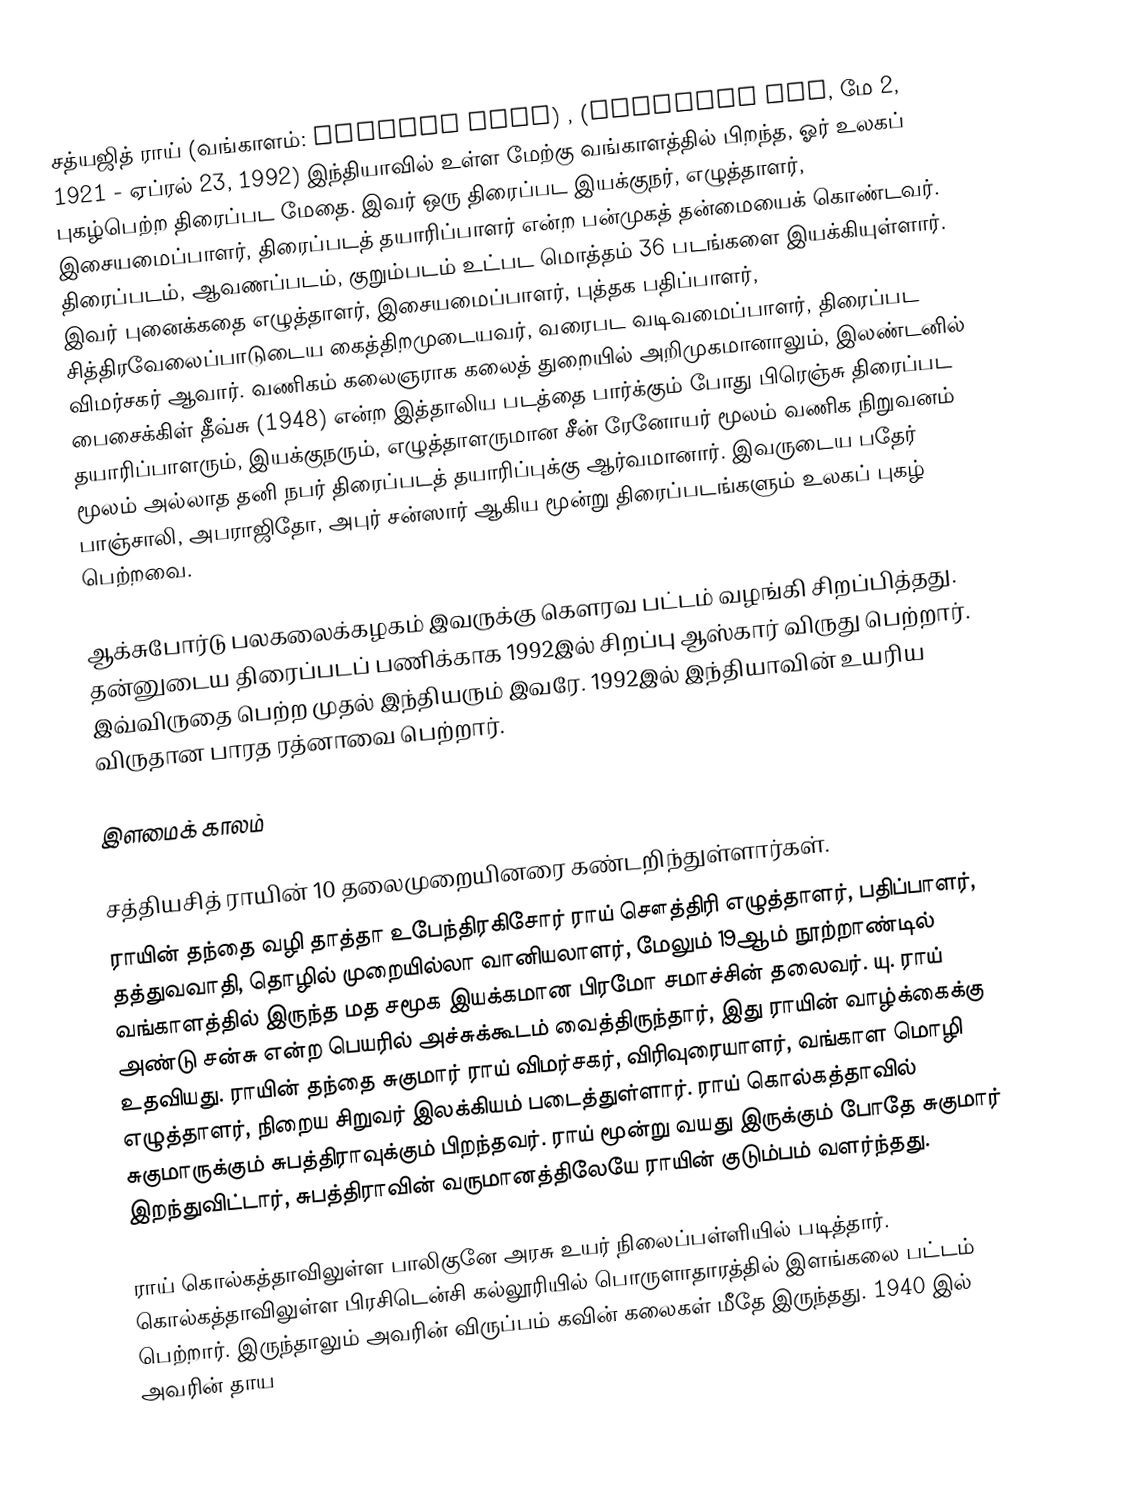
சத்யஜித் ராய்  (வங்காளம்: সত্যজিৎ রায়) , (Satyajit Ray, மே 2, 1921 - ஏப்ரல் 23, 1992) இந்தியாவில் உள்ள மேற்கு வங்காளத்தில் பிறந்த, ஓர் உலகப் புகழ்பெற்ற திரைப்பட மேதை. இவர் ஒரு திரைப்பட இயக்குநர், எழுத்தாளர்,  இசையமைப்பாளர், திரைப்படத் தயாரிப்பாளர் என்ற பன்முகத் தன்மையைக் கொண்டவர். திரைப்படம், ஆவணப்படம், குறும்படம் உட்பட மொத்தம் 36 படங்களை இயக்கியுள்ளார். இவர் புனைக்கதை எழுத்தாளர், இசையமைப்பாளர், புத்தக பதிப்பாளர், சித்திரவேலைப்பாடுடைய கைத்திறமுடையவர்,  வரைபட வடிவமைப்பாளர், திரைப்பட விமர்சகர் ஆவார்.  வணிகம் கலைஞராக கலைத் துறையில் அறிமுகமானாலும், இலண்டனில் பைசைக்கிள் தீவ்சு (1948) என்ற இத்தாலிய படத்தை பார்க்கும் போது பிரெஞ்சு திரைப்பட தயாரிப்பாளரும், இயக்குநரும், எழுத்தாளருமான சீன் ரேனோயர் மூலம் வணிக நிறுவனம் மூலம் அல்லாத தனி நபர் திரைப்படத் தயாரிப்புக்கு ஆர்வமானார். இவருடைய பதேர் பாஞ்சாலி, அபராஜிதோ, அபுர் சன்ஸார் ஆகிய மூன்று திரைப்படங்களும் உலகப் புகழ் பெற்றவை.

ஆக்சுபோர்டு பலகலைக்கழகம் இவருக்கு கௌரவ பட்டம் வழங்கி சிறப்பித்தது. தன்னுடைய திரைப்படப் பணிக்காக 1992இல் சிறப்பு ஆஸ்கார் விருது பெற்றார். இவ்விருதை பெற்ற முதல் இந்தியரும் இவரே. 1992இல் இந்தியாவின் உயரிய விருதான பாரத ரத்னாவை பெற்றார்.

இளமைக் காலம்

சத்தியசித் ராயின் 10 தலைமுறையினரை கண்டறிந்துள்ளார்கள்.
ராயின் தந்தை வழி தாத்தா உபேந்திரகிசோர் ராய் சௌத்திரி எழுத்தாளர், பதிப்பாளர், தத்துவவாதி, தொழில் முறையில்லா வானியலாளர், மேலும் 19ஆம் நூற்றாண்டில் வங்காளத்தில் இருந்த மத சமூக இயக்கமான பிரமோ சமாச்சின் தலைவர். யு. ராய் அண்டு சன்சு என்ற பெயரில் அச்சுக்கூடம் வைத்திருந்தார், இது ராயின் வாழ்க்கைக்கு உதவியது. ராயின் தந்தை சுகுமார் ராய் விமர்சகர், விரிவுரையாளர், வங்காள மொழி எழுத்தாளர், நிறைய சிறுவர் இலக்கியம் படைத்துள்ளார். ராய் கொல்கத்தாவில் சுகுமாருக்கும் சுபத்திராவுக்கும் பிறந்தவர். ராய் மூன்று வயது இருக்கும் போதே சுகுமார் இறந்துவிட்டார், சுபத்திராவின் வருமானத்திலேயே ராயின் குடும்பம் வளர்ந்தது.

ராய் கொல்கத்தாவிலுள்ள பாலிகுனே அரசு உயர் நிலைப்பள்ளியில் படித்தார். கொல்கத்தாவிலுள்ள பிரசிடென்சி கல்லூரியில் பொருளாதாரத்தில் இளங்கலை பட்டம் பெற்றார். இருந்தாலும் அவரின் விருப்பம் கவின் கலைகள் மீதே இருந்தது. 1940 இல் அவரின் தாய